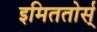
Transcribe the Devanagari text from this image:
इमिततोर्स्